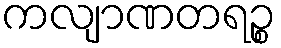
ကလျာဏတရဉ္စ